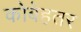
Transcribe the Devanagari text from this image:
कोबेहतर